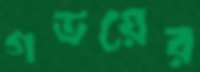
গডয়ের